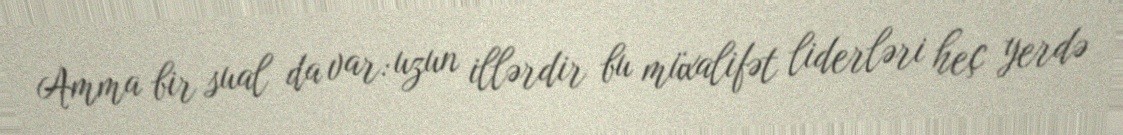
Amma bir sual da var: uzun illərdir bu müxalifət liderləri heç yerdə